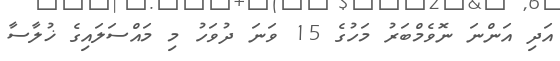
އަދި އަންނަ ނޮވެމްބަރު މަހުގެ 15 ވަނަ ދުވަހު މި މައްސަލައިގެ ޚުލާސާ